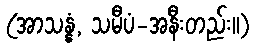
(အာသန္နံ, သမီပံ-အနီးတည်း။)